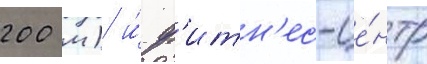
200 м) и́ ф'итн'ес-це́нтр